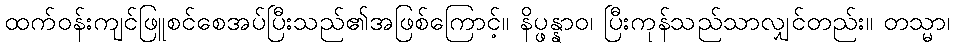
ထက်ဝန်းကျင်ဖြူစင်စေအပ်ပြီးသည်၏အဖြစ်ကြောင့်။ နိပ္ဖန္နာဝ၊ ပြီးကုန်သည်သာလျှင်တည်း။ တသ္မာ၊